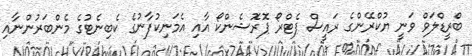
ބްރީޑްލަވް ވަނީ ޔުކްރޭންގެ ރައީސް ޕެޓްރޯ ޕޮރޮޝެންކޯ އާއި އެމަނިކުފާނުގެ ކެބިނެޓުގެ މެންބަރުންނާއި